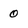
Character: 0